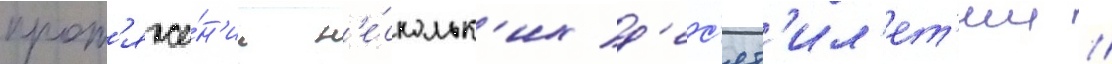
прот'яже́н'ии н'е́скольк'их д'ес'ят'ил'ет'ии /